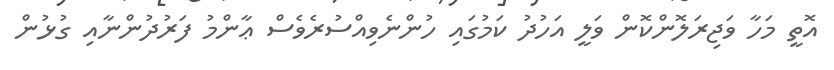
އޮތީ މަހާ ވަޖިރަލޮންކޮން ވަލީ އަހުދު ކަމުގައި ހުންނެވިއްސުރެވެސް ޢާންމު ފަރުދުންނާއި ގުޅުން